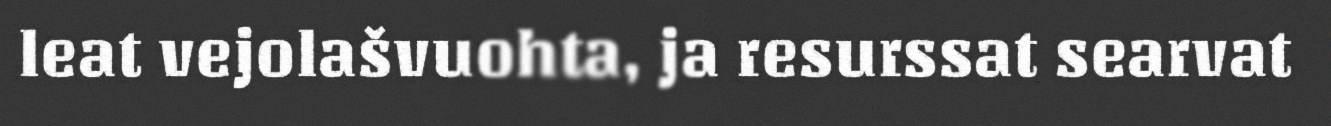
leat vejolašvuohta, ja resurssat searvat